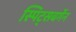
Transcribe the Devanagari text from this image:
स्पिट्सबर्गेन